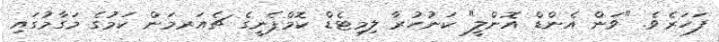
ފަހަރެވެ. "ވަން އެންޑް އޮންލީ" ކަނުހުރާ ލިމިޓެޑް ކޮމްޕެނީގެ ޗެއަރމަން ކަމުގެ މަގާމުގައި